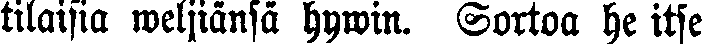
tilaisia weljiänsä hywin. Sortoa he itse